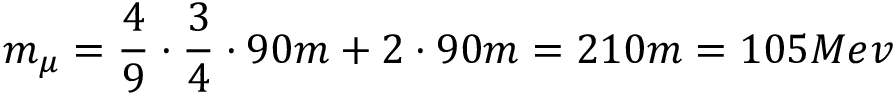
m _ { \mu } = \frac 4 9 \cdot \frac 3 4 \cdot 9 0 m + 2 \cdot 9 0 m = 2 1 0 m = 1 0 5 M e v